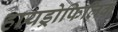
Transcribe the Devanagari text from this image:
हायड्रोफिलिक